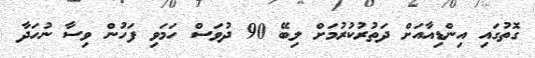
ގޮތުގައި އިންޑިއާއަށް ދަތުރުކުރުމަށް ލިބޭ 90 ދުވަސް ހަމަވި ފަހުން ވިސާ ނުހަދާ